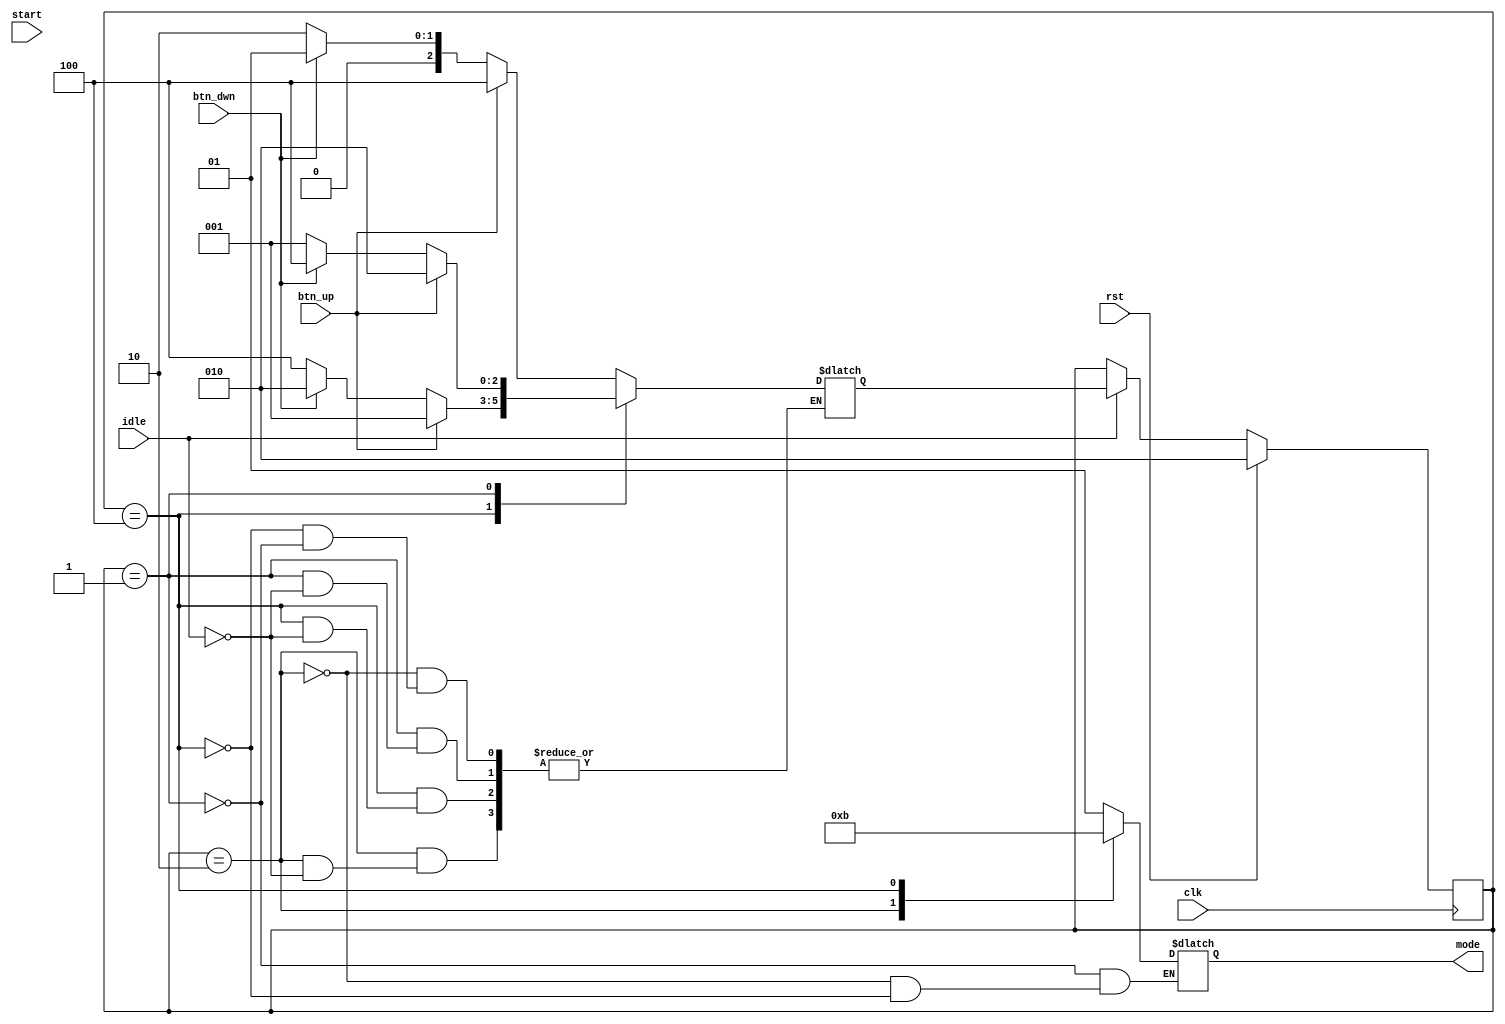
`define normal 3'b010       //normal mode represented by binary '010'
`define low 3'b001          //low mode represented by binary '001'
`define high 3'b100         //high mode represented by binary '100'
`timescale 1ns / 1ps

module btn_modeSelect(
    input clk,          //input system clock
    input rst,          //input reset
    input start,        //start detector
    input idle,         //idle detector
    input btn_up,       //up button for cycling upwards through modes
    input btn_dwn,      //down button for cycling downwards through modes
    output [1:0] mode   //mode output 2'b01 for low, 2'b10 for normal, 2'b11 for high
    );
reg [1:0] modereg;               //mode register
reg [2:0] state;        //current state register
reg [2:0] next_state;   //next state register
assign mode = modereg;

initial begin
state = `normal;
next_state = `normal;
end

always @ (posedge clk)          //for every clock pulse...
begin
    if (rst)                    //check for reset
        state <= `normal;        //set state to normal mode (aka normal mode is default mode when resetted)
    else if (idle)              //else, check if currently in idle
        state <= next_state;     //set current state to next state (allow mode to be changed)
    else if (start)
        state <= state;
end        
    
always @ (btn_up or btn_dwn or state)       //for any change in the up button input, down button input, or current state register...
begin
case (state)                                //check cases for current state register
    `normal:                                //when current state is in normal mode...
      begin 
        if (idle)                               //if currently in idle...
          begin
            if (btn_up)                         //check if up button input is pressed (high)
                next_state = `high;             //set the next state register to high mode
            else if (btn_dwn)                   //else, check if down button input is pressed (high)
                next_state = `low;              //set the next state register to low mode
            else                                //if neither button, up or down, is pressed...
                next_state = `normal;           //set next state register to normal mode (essentially stay still) *this code isnt neccessary
          end
        else                                    //else (if NOT in idle), set next state register to idself (aka do nothing)
            next_state = next_state;
      end 
    `high:                                  //when current state is in high mode...
      begin 
        if (idle)                               //if currently in idle...
          begin
            if (btn_up)                         //check if up button input is pressed (high)
                next_state = `low;              //set the next state register to low mode
            else if (btn_dwn)                   //else, check if down button input is pressed (high)
                next_state = `normal;           //set the next state register to normal mode
            else                                //if neither button, up or down, is pressed...
                next_state = `high;             //set next state register to high mode (essentially stay still) *this code isnt neccessary
          end
        else                                    //else (if NOT in idle), set next state register to idself (aka do nothing)
            next_state = next_state;
      end 
    `low:                                   //when current state is in low mode...
      begin    
        if (idle)                               //if currently in idle...
          begin                             
            if (btn_up)                         //check if up button input is pressed (high)
                next_state = `normal;           //set the next state register to normal mode
            else if (btn_dwn)                   //else, check if down button input is pressed (high)
                next_state = `high;             //set the next state register to high mode
            else                                //if neither button, up or down, is pressed...
                next_state = `low;              //set next state register to low mode (essentially stay still) *this code isnt neccessary
          end
        else                                    //else (if NOT in idle), set next state register to idself (aka do nothing)
            next_state = next_state;
      end
endcase
end

always @(state)                     //for any change in the current state register 
begin           
case (state)                        //check cases for current state register
    `low: modereg = 2'b01;             //when current state is in low mode, set mode output to 2'b01
    `normal: modereg = 2'b10;          //when current state is in normal mode, set mode output to 2'b10
    `high: modereg = 2'b11;            //when current state is in high mode, set mode output to 2'b11
endcase
end    

endmodule